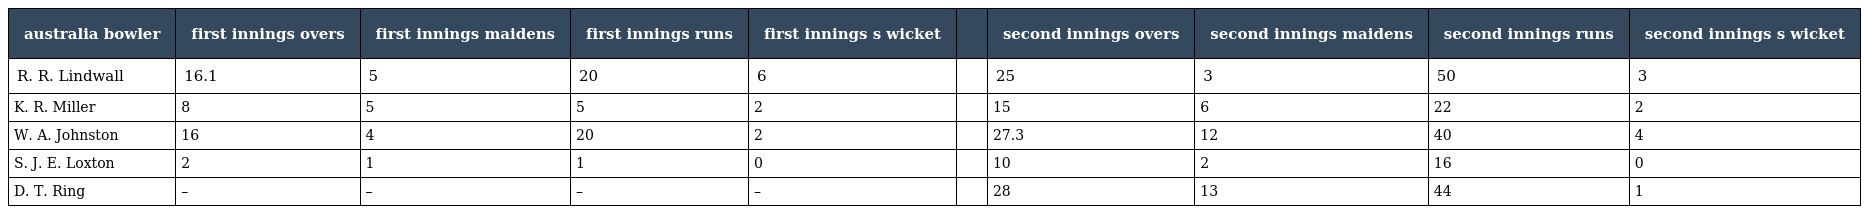
| australia bowler | first innings overs | first innings maidens | first innings runs | first innings s wicket |  | second innings overs | second innings maidens | second innings runs | second innings s wicket |
 | --- | --- | --- | --- | --- | --- | --- | --- | --- | --- |
 | R. R. Lindwall | 16.1 | 5 | 20 | 6 |  | 25 | 3 | 50 | 3 |
 | K. R. Miller | 8 | 5 | 5 | 2 |  | 15 | 6 | 22 | 2 |
 | W. A. Johnston | 16 | 4 | 20 | 2 |  | 27.3 | 12 | 40 | 4 |
 | S. J. E. Loxton | 2 | 1 | 1 | 0 |  | 10 | 2 | 16 | 0 |
 | D. T. Ring | – | – | – | – |  | 28 | 13 | 44 | 1 |